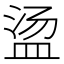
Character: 𱲒